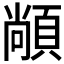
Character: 𮨏